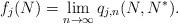
LaTeX: \begin{align*}f_j(N)= \lim_{n\rightarrow \infty} q_{j,n} (N, N^*).\end{align*}